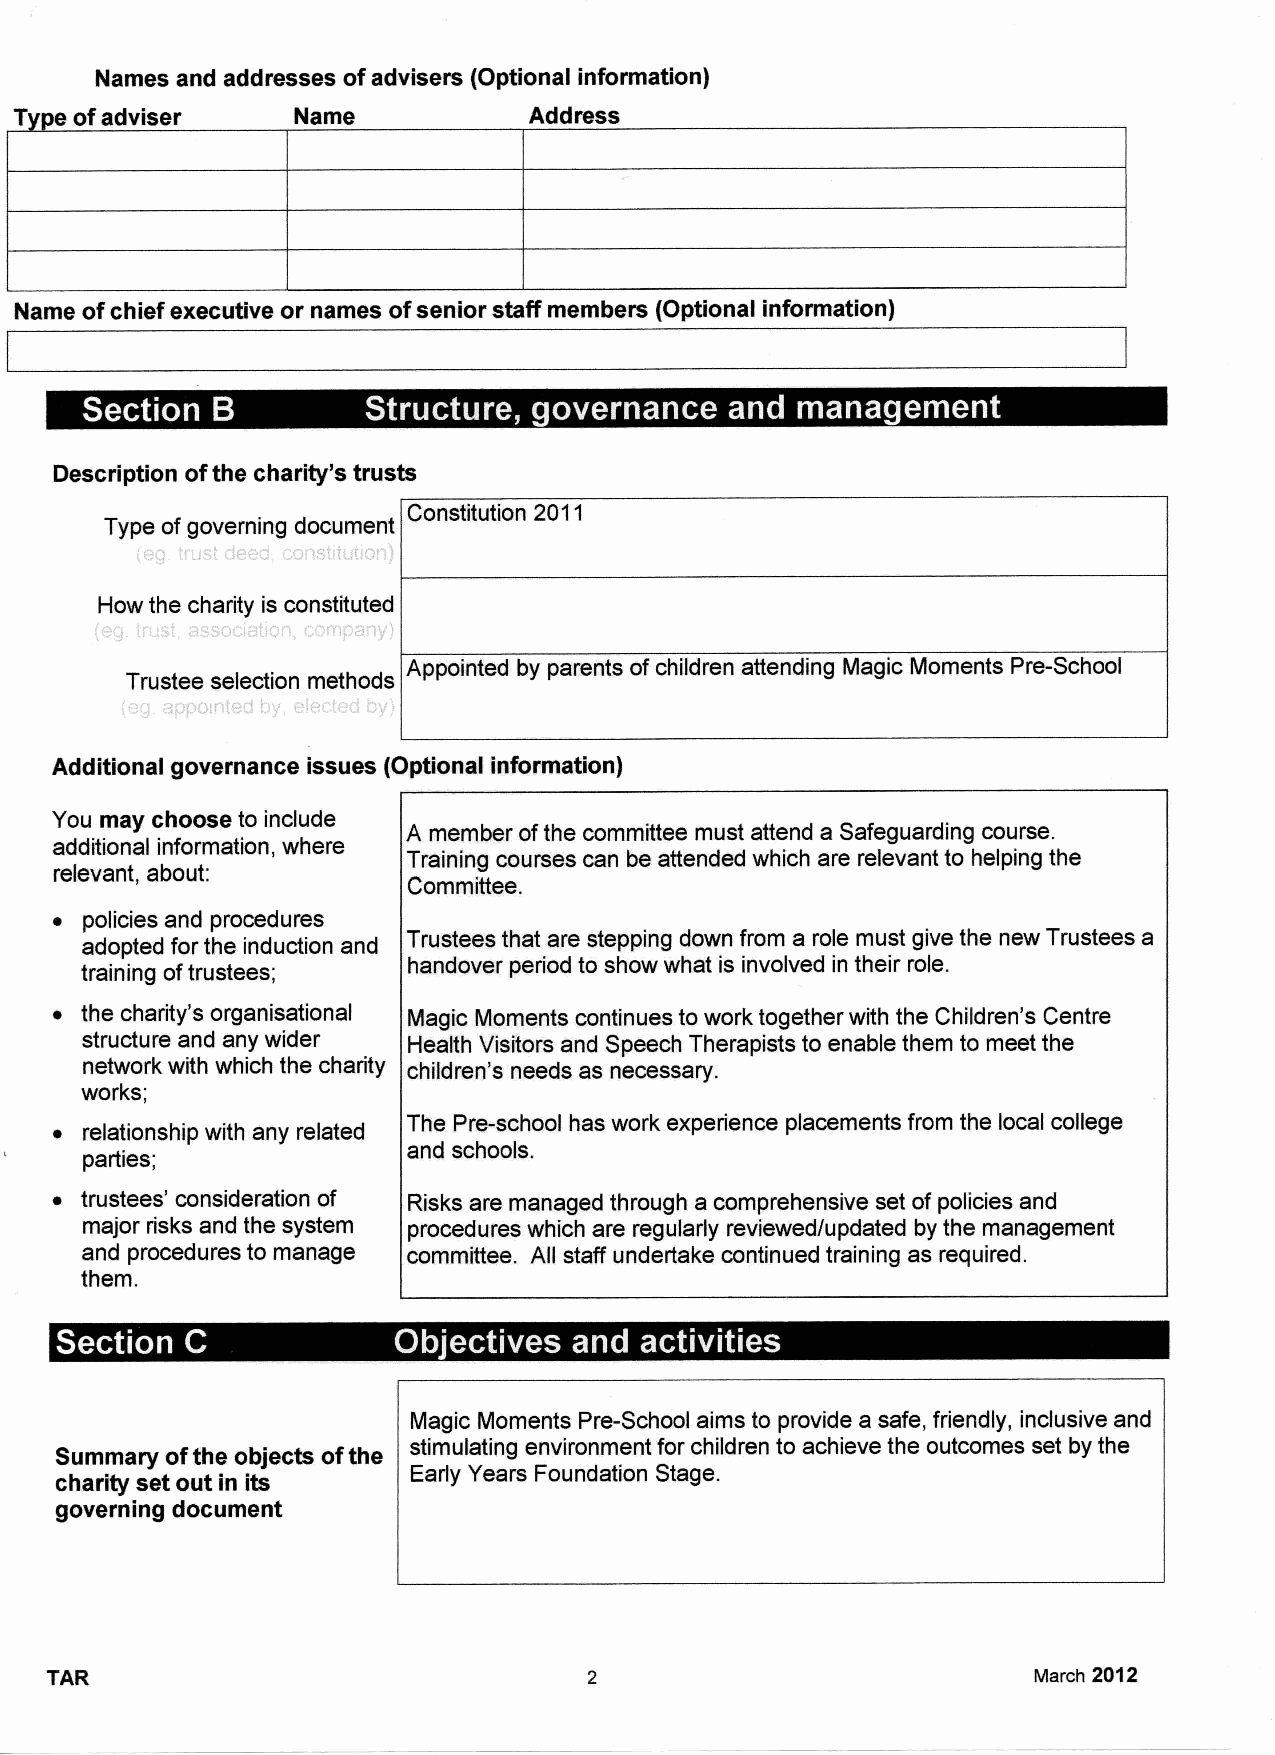
Names and addresses ofadvisers (Optional information)
 T   ofadviser     Name            Address
 Name ofchief executive or names ofsenior staÃ members (Optional information)
 ~  e                     ~ ~ +      +   Q       I
 Description ofthe charity's trusts
 Constitution 2011
 Type ofgoverning document
 How the charity is constituted
 Appointed by parents ofchildren attending Magic Moments Pre-School
 Trustee selection methods
 Additional governance issues (Optional information)
 You may choose to include
 A member ofthe committee must attend a Safeguarding course.
 additional information, where
 Training courses can be attended which are relevant to helping the
 relevant, about:
 Committee.
 ~ policies and procedures
 adopted for the induction and Trustees that are stepping down from a role must give the new Trustees a
 training oftrustees;  handover period to show what is involved in their role.
 ~ the charity's organisational Magic Moments continues to work together with the Children's Centre
 structure and any wider Health Visitors and Speech Therapists to enable them to meet the
 network with which the charity children's needs as necessary.
 works;
 The Pre-school has work experience placements from the local college
 ~ relationship with any related
 and schools.
 parties;
 ~ trustees' consideration of Risks are managed through a comprehensive set of policies and
 major risks and the system procedures which are regularly reviewed/updated by the management
 and procedures to manage committee. All staff undertake continued training as required.
 them.
 4   ~                  I a       v  I ~
 Magic Moments Pre-School aims to provide a safe, friendly, inclusive and
 Summary ofthe objects ofthe stimulating environment for children to achieve the outcomes set by the
 charity set out in its Early Years Foundation Stage.
 governing document
 March 2012